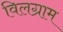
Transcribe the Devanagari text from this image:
विलग्राम